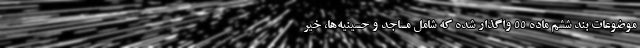
موضوعات بند ششم ماده ۵۵ واگذار شده که شامل مساجد و حسینیه‌ها، خیر